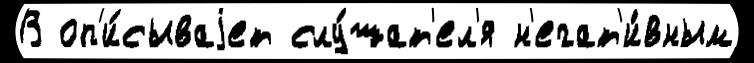
В оп'и́сываjет слу́шат'ел'я н'егат'и́вным